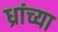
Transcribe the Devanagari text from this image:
ध्रांच्या